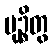
မုဉ္စိတွ